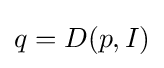
q=D(p,I)